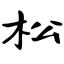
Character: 松